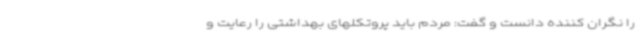
را نگران کننده دانست و گفت: مردم باید پروتکلهای بهداشتی را رعایت و